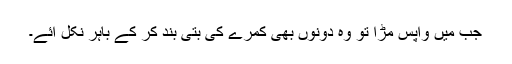
جب میں واپس مڑا تو وہ دونوں بھی کمرے کی بتی بند کر کے باہر نکل آئے۔